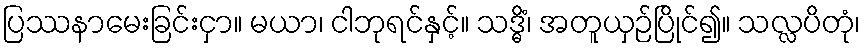
ပြဿနာမေးခြင်းငှာ။ မယာ၊ ငါဘုရင်နှင့်။ သဒ္ဓိံ၊ အတူယှဉ်ပြိုင်၍။ သလ္လပိတုံ၊